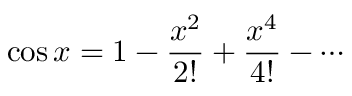
\cos x = 1 - { \frac { x ^ { 2 } } { 2 ! } } + { \frac { x ^ { 4 } } { 4 ! } } - \cdots